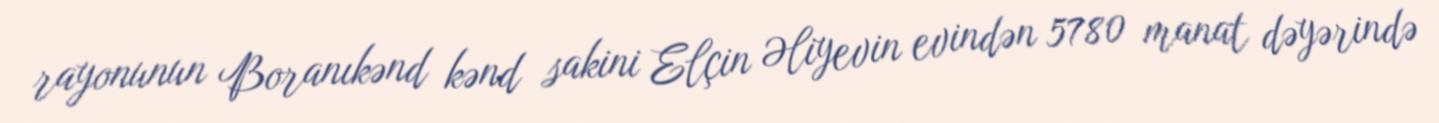
rayonunun Boranıkənd kənd sakini Elçin Əliyevin evindən 5780 manat dəyərində